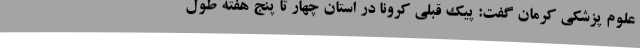
علوم پزشکی کرمان گفت: پیک قبلی کرونا در استان چهار تا پنج هفته طول